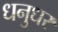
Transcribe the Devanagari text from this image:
धनुधर